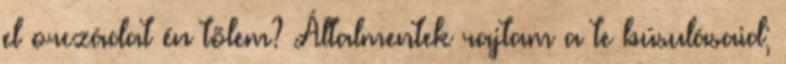
el orczádat én tõlem? Általmentek rajtam a te búsulásaid;